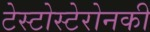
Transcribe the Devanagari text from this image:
टेस्टोस्टेरोनकी